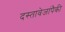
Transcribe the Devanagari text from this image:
दस्तावेजांपैकी